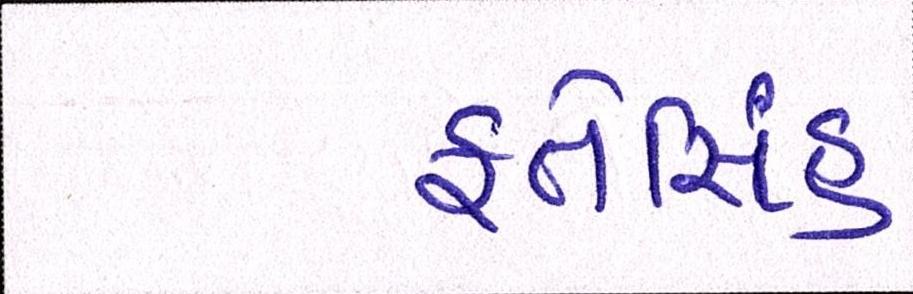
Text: ફતેસિંહ